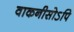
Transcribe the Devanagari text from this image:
वाकनीसोऽपि